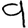
Digit: 9